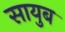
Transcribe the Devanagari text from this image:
सायुब